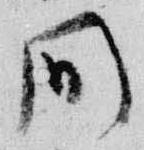
間